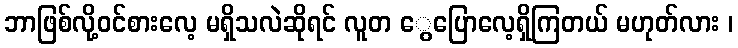
ဘာဖြစ်လို့ဝင်စားလေ့ မရှိသလဲဆိုရင် လူတ ွေပြောလေ့ရှိကြတယ် မဟုတ်လား ၊